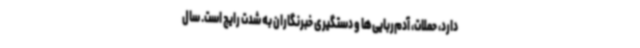
دارد، حملات، آدم‌ربایی‌ها و دستگیری خبرنگاران به شدت رایج است. سال